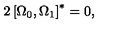
2 \left[ \Omega _ { 0 } , \Omega _ { 1 } \right] ^ { * } = 0 ,